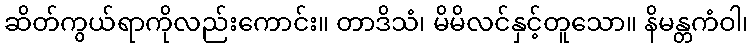
ဆိတ်ကွယ်ရာကိုလည်းကောင်း။ တာဒိသံ၊ မိမိလင်နှင့်တူသော။ နိမန္တကံဝါ၊